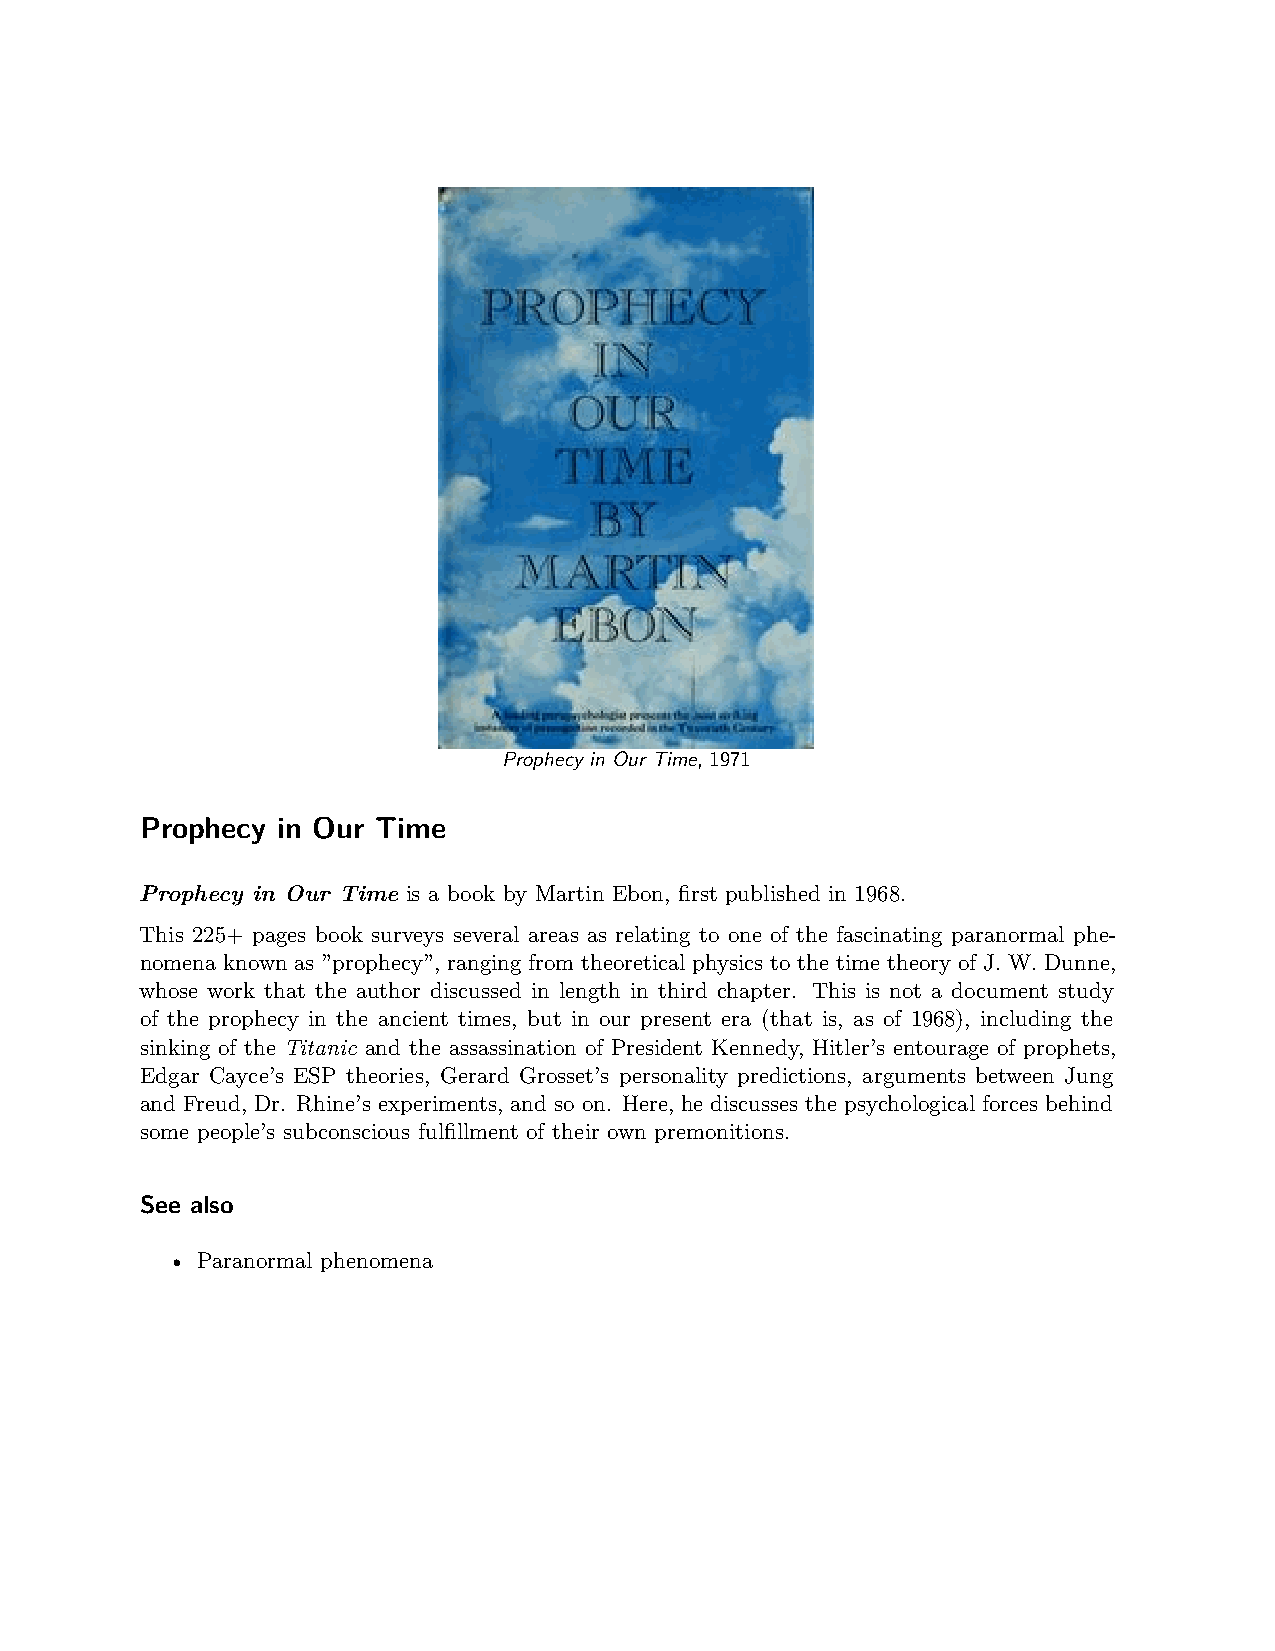
Prophecy in Our Time, 1971
 Prophecy in Our Time
 Prophecy in Our Time is a book by Martin Ebon, first published in 1968.
 This 225+ pages book surveys several areas as relating to one of the fascinating paranormal phe-
 nomena known as ”prophecy”, ranging from theoretical physics to the time theory of J. W. Dunne,
 whose work that the author discussed in length in third chapter. This is not a document study
 of the prophecy in the ancient times, but in our present era (that is, as of 1968), including the
 sinking of the Titanic and the assassination of President Kennedy, Hitler’s entourage of prophets,
 Edgar Cayce’s ESP theories, Gerard Grosset’s personality predictions, arguments between Jung
 and Freud, Dr. Rhine’s experiments, and so on. Here, he discusses the psychological forces behind
 some people’s subconscious fulfillment of their own premonitions.
 See also
 • Paranormal phenomena